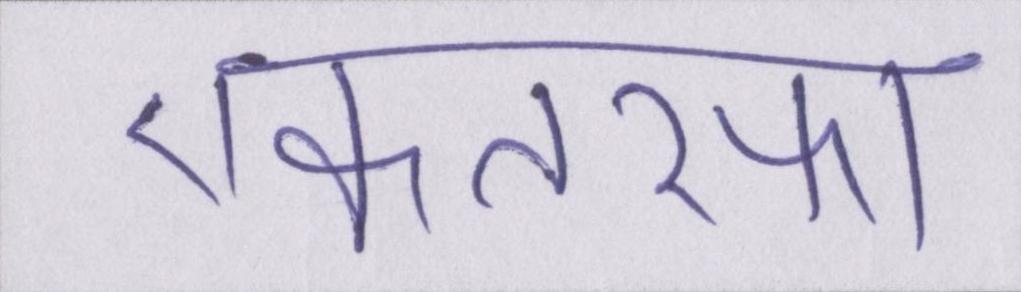
एकतरफा